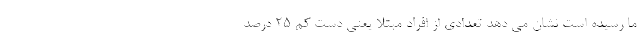
ما رسیده است نشان می دهد تعدادی از افراد مبتلا یعنی دست کم 25 درصد